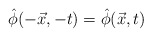
\begin{align*}\hat{\phi}(-\vec{x},-t)=\hat{\phi}(\vec{x},t)\end{align*}